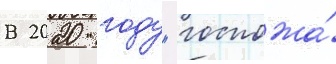
В 2020 году "госпожа́